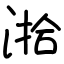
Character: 湁